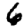
Digit: 6